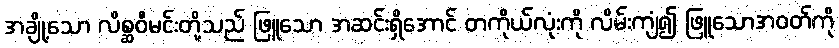
အချို့သော လိစ္ဆဝီမင်းတို့သည် ဖြူသော အဆင်းရှိအောင် တကိုယ်လုံးကို လိမ်းကျံ၍ ဖြူသောအဝတ်ကို